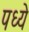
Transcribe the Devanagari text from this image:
पध्ये